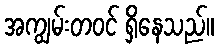
အကျွမ်းတဝင် ရှိနေသည်။